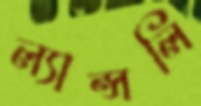
ল্যান্সলি